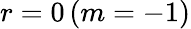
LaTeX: r=0\, (m=-1)